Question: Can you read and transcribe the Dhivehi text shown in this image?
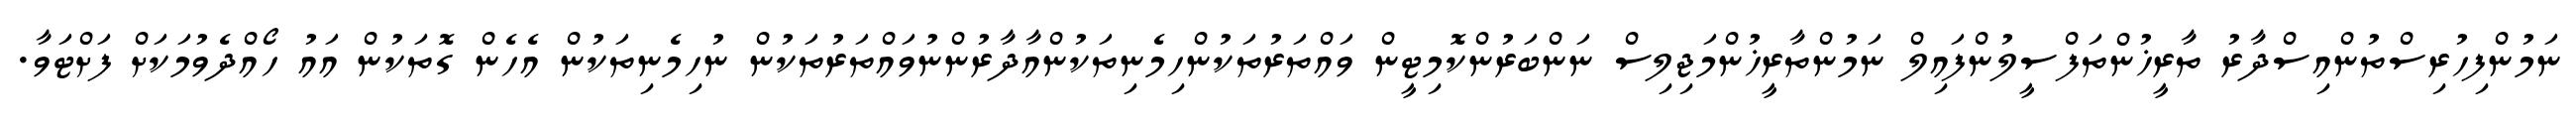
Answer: ނަމުންފިހުރިސްތުންއިސްދާރު ތާރީޚުންތަފްސީލުންފައިލް ނަމުންތާރީޚުންމަޖިލިސް ނަންބަރުންކޮމިޓީން ވައްތަރުތަކުންހިމެނިތަކުންއާދާރުންނުވައްތަރުތަކުން ނުހިމެނިތަކުން އެހެން ގޮތަކުން އައު ހޯއްދެވުމަކަށް ފަށްޓަވާ.